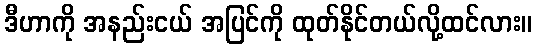
ဒီဟာကို အနည်းငယ် အပြင်ကို ထုတ်နိုင်တယ်လို့ထင်လား။